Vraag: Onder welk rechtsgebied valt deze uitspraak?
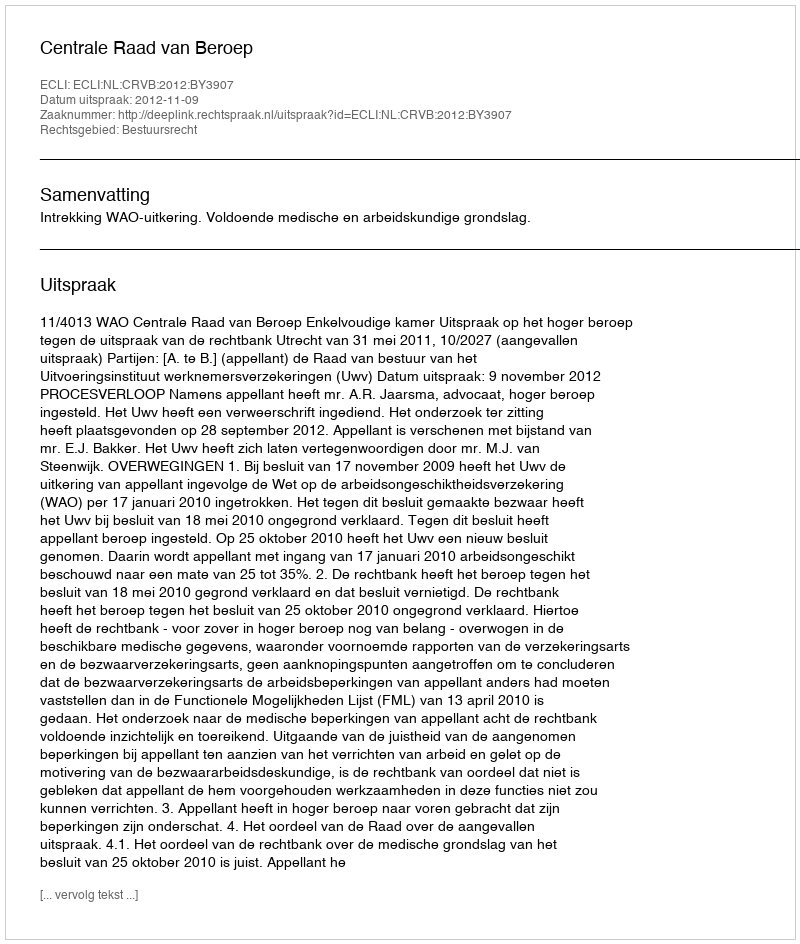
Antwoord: Bestuursrecht